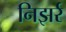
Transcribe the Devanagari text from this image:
निझर्र